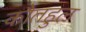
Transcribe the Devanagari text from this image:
कौतहुल